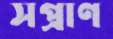
সপ্রাণ